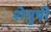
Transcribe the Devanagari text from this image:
शेमुषी